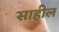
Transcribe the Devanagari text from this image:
साहील